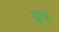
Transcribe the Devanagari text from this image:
इधं